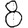
Digit: 8